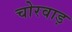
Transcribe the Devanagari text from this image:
चोरवाड़